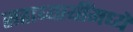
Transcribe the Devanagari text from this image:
सहाध्यायींमध्ये